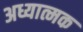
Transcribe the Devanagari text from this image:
अध्यात्मक